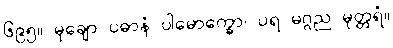
၆၉၅။ မုချော ပဓာနံ ပါမောက္ခော၊ ပရ မဂ္ဂည မုတ္တရံ။